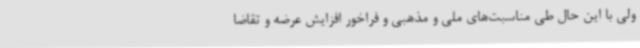
ولی با این حال طی مناسبت‌های ملی و مذهبی و فراخور افزایش عرضه و تقاضا